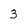
Character: 3